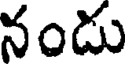
నండు